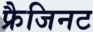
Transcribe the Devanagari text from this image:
फ्रैजिनट